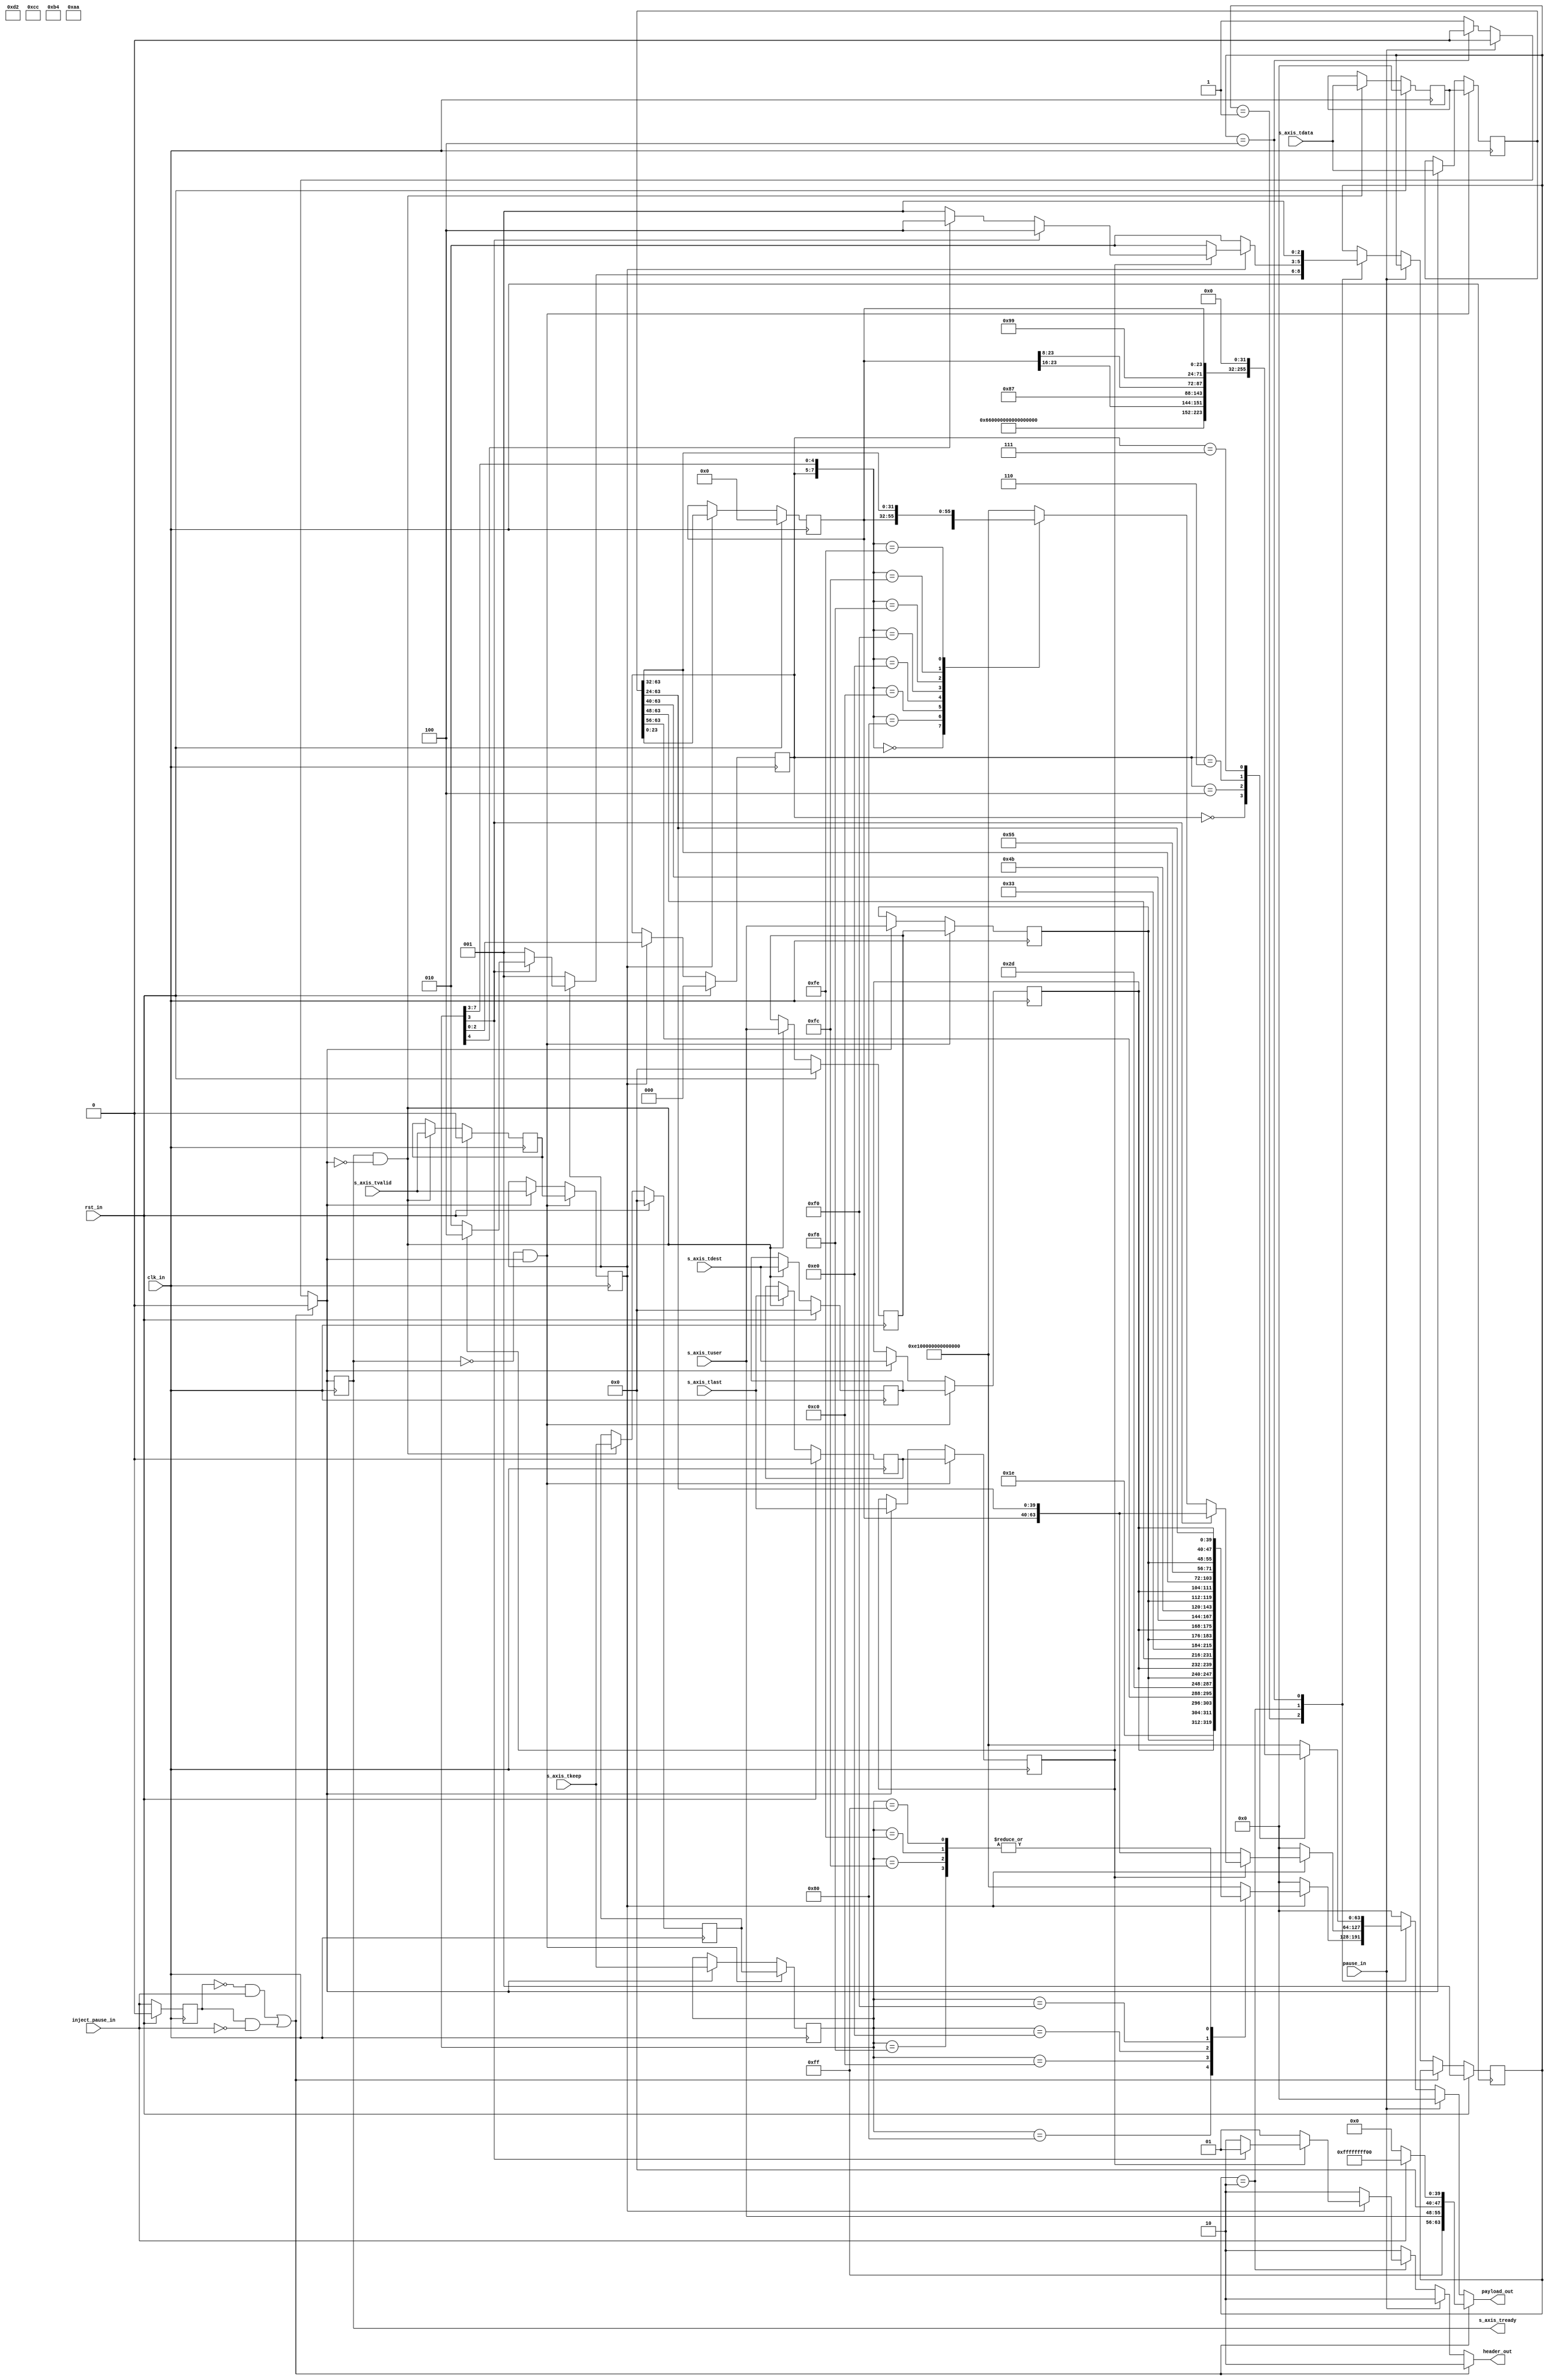
module payload_encoder(
    input             clk_in,
    input             rst_in,
    input      [63:0] s_axis_tdata,
    input       [7:0] s_axis_tkeep,
    input       [7:0] s_axis_tuser,
    input       [7:0] s_axis_tdest,
    input             s_axis_tlast,
    input             s_axis_tvalid,
    output            s_axis_tready,
    input             inject_pause_in,
    input             pause_in,
    output reg [63:0] payload_out,
    output reg  [1:0] header_out
);

    // Signals and parameters

    // Encoding parameters
    localparam T_S1    = 8'h1e;
    localparam T_S2    = 8'h2d;
    localparam T_S3    = 8'h33;
    localparam T_S4    = 8'h4b;
    localparam T_S5    = 8'h55;
    localparam T_T0    = 8'h66;
    localparam T_T1    = 8'h78;
    localparam T_T2    = 8'h87;
    localparam T_T3    = 8'h99;
    localparam T_T4    = 8'haa;
    localparam T_T5    = 8'hb4;
    localparam T_T6    = 8'hcc;
    localparam T_T7    = 8'hd2;

    localparam T_IDLE  = 8'h00;
    localparam T_ERROR = 8'he1;
    localparam T_PAUSE = 8'hff;

    localparam H_DATA  = 2'b01;
    localparam H_CTRL  = 2'b10;

    // Special encoding transfers
    wire [63:0] PAUSE   = {T_PAUSE,s_axis_tuser,{8{1'b0}},{32{1'b1}},{8{1'b0}}};
    wire [63:0] UNPAUSE = {T_PAUSE,s_axis_tuser,{8{1'b0}},{32{1'b0}},{8{1'b0}}};
    wire [63:0] IDLE    = {T_IDLE,{56{1'b0}}};

    // Handshake overflow buffer control
    wire       load_buf;
    wire       load_from_buf;

    // User interface buffers
    reg [63:0] s_axis_tdata_reg;
    reg  [7:0] s_axis_tkeep_reg;
    reg  [7:0] s_axis_tuser_reg;
    reg  [7:0] s_axis_tdest_reg;
    reg        s_axis_tlast_reg;
    reg        s_axis_tvalid_reg;
    reg        s_axis_tready_reg;

    // Handshake overflow buffers
    reg [63:0] s_axis_tdata_buf;
    reg  [7:0] s_axis_tkeep_buf;
    reg  [7:0] s_axis_tuser_buf;
    reg  [7:0] s_axis_tdest_buf;
    reg        s_axis_tlast_buf;
    reg        s_axis_tvalid_buf;
    reg        s_axis_tready_int;

    // Control buffers
    reg        inject_pause_reg;
    reg        pause_reg;

    // Control signals
    wire       inject_pause;
    wire       inject_unpause;

    // Internal buffers
    reg [23:0] tdata_temp;
    reg  [2:0] tkeep_temp;

    // State parameters
    localparam START       = 3'b001;
    localparam SEND_MIDDLE = 3'b010;
    localparam SEND_LAST   = 3'b100;
    
    reg  [2:0] state;
    reg  [2:0] next_state;
    
    // Combinational logic

    // Helper functions
    function [63:0] start_payload;
        input  [7:0] tkeep;
        input  [7:0] tuser;
        input  [7:0] tdest;
        input [63:0] tdata;
            case(tkeep)
                8'h80: start_payload = {T_S1,tuser,tdest,tdata[63:56],{32{1'b0}}};
                8'hc0: start_payload = {T_S2,tuser,tdest,tdata[63:48],{24{1'b0}}};
                8'he0: start_payload = {T_S3,tuser,tdest,tdata[63:40],{16{1'b0}}};
                8'hf0: start_payload = {T_S4,tuser,tdest,tdata[63:32],{8{1'b0}}};
                8'hf8: start_payload = {T_S5,tuser,tdest,tdata[63:24]};
                8'hfc: start_payload = {T_S5,tuser,tdest,tdata[63:24]};
                8'hfe: start_payload = {T_S5,tuser,tdest,tdata[63:24]};
                8'hff: start_payload = {T_S5,tuser,tdest,tdata[63:24]};
                default: start_payload = {T_ERROR,{56{1'b0}}};
            endcase
    endfunction

    function [63:0] end_payload;
        input  [7:0] tkeep;
        input [63:0] tdata;
            case(tkeep)
                8'h00: end_payload = {T_T0,{56{1'b0}}};
                8'h80: end_payload = {T_T1,tdata[63:56],{48{1'b0}}};
                8'hc0: end_payload = {T_T2,tdata[63:48],{40{1'b0}}};
                8'he0: end_payload = {T_T3,tdata[63:40],{32{1'b0}}};
                8'hf0: end_payload = {T_T4,tdata[63:32],{24{1'b0}}};
                8'hf8: end_payload = {T_T5,tdata[63:24],{16{1'b0}}};
                8'hfc: end_payload = {T_T6,tdata[63:16],{8{1'b0}}};
                8'hfe: end_payload = {T_T7,tdata[63:8]};
                default: end_payload = {T_ERROR,{56{1'b0}}};
            endcase
    endfunction

    // Assignments
    assign s_axis_tready  = s_axis_tready_reg;
    assign inject_pause   = !inject_pause_reg && inject_pause_in;
    assign inject_unpause = inject_pause_reg && !inject_pause_in;
    assign load_buf       = s_axis_tready_reg && !s_axis_tready_int;
    assign load_from_buf  = !s_axis_tready_reg && s_axis_tready_int;

    always @(*) begin
        // Defaults
        s_axis_tready_int = 1'b1;
        header_out        = H_CTRL;
        payload_out       = IDLE;
        next_state        = state;

        // Logic
        if(inject_pause || inject_unpause) begin
            s_axis_tready_int = 1'b0;
            header_out        = H_CTRL;
            payload_out       = inject_pause_in ? PAUSE : UNPAUSE;
        end
        else if(pause_in) begin
            s_axis_tready_int = 1'b0;
            header_out        = H_CTRL;
            payload_out       = IDLE;
        end
        else begin
            case(state)
                START: begin
                    if(s_axis_tvalid_reg) begin
                        header_out  = H_CTRL;
                        payload_out = start_payload(s_axis_tkeep_reg,s_axis_tuser_reg,s_axis_tdest_reg,s_axis_tdata_reg);
                        next_state  = s_axis_tkeep_reg[3] ? (s_axis_tlast_reg ? SEND_LAST : SEND_MIDDLE) : START;
                    end
                    else begin
                        header_out  = H_CTRL;
                        payload_out = IDLE;
                        next_state  = START;
                    end
                end
                SEND_MIDDLE: begin
                    if(s_axis_tvalid_reg) begin
                        if(s_axis_tlast_reg) begin
                            if(s_axis_tkeep_reg[3]) begin
                                header_out  = H_DATA;
                                payload_out = {tdata_temp,s_axis_tdata_reg[63:24]};
                                next_state  = SEND_LAST;
                            end
                            else begin
                                header_out  = H_CTRL;
                                payload_out = end_payload({tkeep_temp,s_axis_tkeep_reg[7:3]},{tdata_temp,s_axis_tdata_reg[63:24]});
                                next_state  = s_axis_tkeep_reg[4] ? SEND_LAST : START;
                            end
                        end
                        else begin
                            header_out  = H_DATA;
                            payload_out = {tdata_temp,s_axis_tdata_reg[63:24]};
                            next_state  = SEND_MIDDLE;
                        end
                    end
                    else begin
                        header_out  = H_CTRL;
                        payload_out = IDLE;
                        next_state  = SEND_MIDDLE;
                    end
                end
                SEND_LAST: begin
                    s_axis_tready_int = 1'b0;
                    header_out        = H_CTRL;
                    payload_out       = end_payload({tkeep_temp,{5{1'b0}}},{tdata_temp,{40{1'b0}}});
                    next_state        = START;
                end
            endcase
        end
    end

    // Sequential logic

    // User interface buffers
    always @(posedge clk_in) begin
        if(load_from_buf)begin
            s_axis_tdata_reg  <= s_axis_tdata_buf;
            s_axis_tkeep_reg  <= s_axis_tkeep_buf;
            s_axis_tuser_reg  <= s_axis_tuser_buf;
            s_axis_tdest_reg  <= s_axis_tdest_buf;
            s_axis_tlast_reg  <= s_axis_tlast_buf;
            s_axis_tvalid_reg <= s_axis_tvalid_buf;
        end
        else if(!s_axis_tready_int) begin
            s_axis_tdata_reg  <= s_axis_tdata_reg;
            s_axis_tkeep_reg  <= s_axis_tkeep_reg;
            s_axis_tuser_reg  <= s_axis_tuser_reg;
            s_axis_tdest_reg  <= s_axis_tdest_reg;
            s_axis_tlast_reg  <= s_axis_tlast_reg;
            s_axis_tvalid_reg <= s_axis_tvalid_reg;
        end
        else begin
            s_axis_tdata_reg  <= s_axis_tdata;
            s_axis_tkeep_reg  <= s_axis_tkeep;
            s_axis_tuser_reg  <= s_axis_tuser;
            s_axis_tdest_reg  <= s_axis_tdest;
            s_axis_tlast_reg  <= s_axis_tlast;
            s_axis_tvalid_reg <= s_axis_tvalid;
        end
        s_axis_tready_reg <= s_axis_tready_int;
    end

    // Handshake overflow buffers
    always @(posedge clk_in) begin
        if(rst_in) begin
            s_axis_tdata_buf  <= {64{1'b0}};
            s_axis_tkeep_buf  <= {8{1'b0}};
            s_axis_tuser_buf  <= {8{1'b0}};
            s_axis_tdest_buf  <= {8{1'b0}};
            s_axis_tlast_buf  <= {8{1'b0}};
            s_axis_tvalid_buf <= 1'b0;
        end
        else if(load_buf)begin
            s_axis_tdata_buf  <= s_axis_tdata;
            s_axis_tkeep_buf  <= s_axis_tkeep;
            s_axis_tuser_buf  <= s_axis_tuser;
            s_axis_tdest_buf  <= s_axis_tdest;
            s_axis_tlast_buf  <= s_axis_tlast;
            s_axis_tvalid_buf <= s_axis_tvalid;
        end
    end

    // Control buffers
    always @(posedge clk_in) begin
        if(rst_in) begin
            inject_pause_reg <= 1'b0;
            pause_reg        <= 1'b0;
        end
        else begin
            inject_pause_reg <= inject_pause_in;
            pause_reg        <= pause_in;
        end
    end

    // Internal buffers
    always @(posedge clk_in) begin
        if(rst_in) begin
            tdata_temp <= {24{1'b0}};
            tkeep_temp <= {3{1'b0}};
        end
        else if(s_axis_tvalid_reg) begin
            tdata_temp <= s_axis_tdata_reg[23:0];
            tkeep_temp <= s_axis_tkeep_reg[2:0];
        end
    end

    // State logic
    always @(posedge clk_in) begin
        if(rst_in) state <= START;
        else    state <= next_state;
    end

endmodule